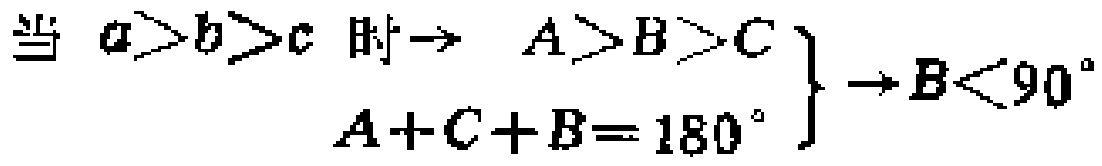
当 \(a > b > c\) 时 \(\to A > B > C\) \(\left.\begin{array}{l} \\ A + C + B = 180^{\circ} \end{array}\right\} \to B < 90^{\circ}\)